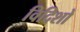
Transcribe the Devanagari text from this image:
विदिशो